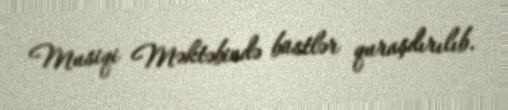
Musiqi Məktəbində büstlər quraşdırılıb.